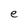
Character: e